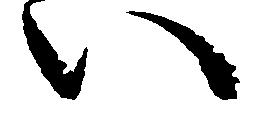
い